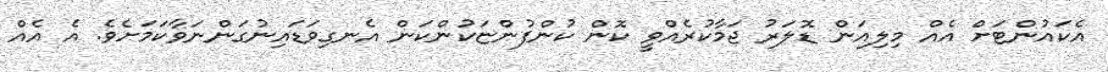
އެކައުންޓަށް އެއް މިލިއަން ޑޮލަރު ޖަމާކުރެއްވީ ކޮން ކުންފުންޏަކުންކަން އެނގިވަޑައިނުގަންނަވާކަމަށެވެ. އެ އެއް